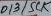
Text: D13/SCK